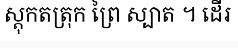
ស្តុកតត្រុក ព្រៃ ស្បាត ។ ដើរ